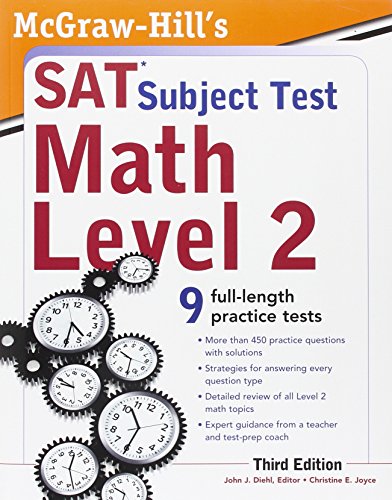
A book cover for McGraw-Hill's SAT Subject Test Math Level 2, 3rd Edition (Sat Subject Tests); John Diehl; Test Preparation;